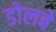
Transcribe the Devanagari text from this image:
डोलबे